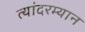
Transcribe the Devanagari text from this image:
त्यांदरम्यान